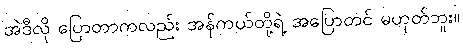
အဲဒီလို ပြောတာကလည်း အန်ကယ်တို့ရဲ့ အပြောတင် မဟုတ်ဘူး။